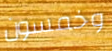
وخمسون